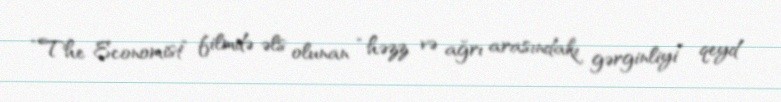
“The Economist” filmdə əls olunan “həzz və ağrı arasındakı gərginliyi” qeyd